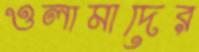
ওলামাদের